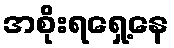
အစိုးရရှေ့နေ